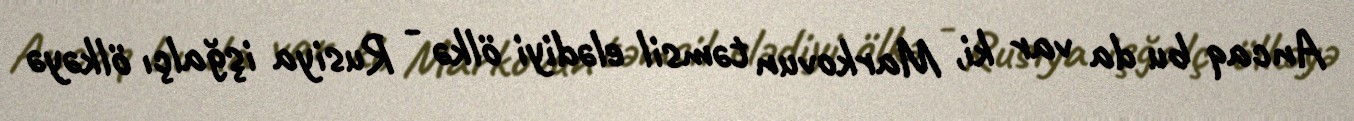
Ancaq bu da var ki, Markovun təmsil elədiyi ölkə - Rusiya işğalçı ölkəyə